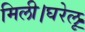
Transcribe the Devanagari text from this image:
मिली।घरेलू